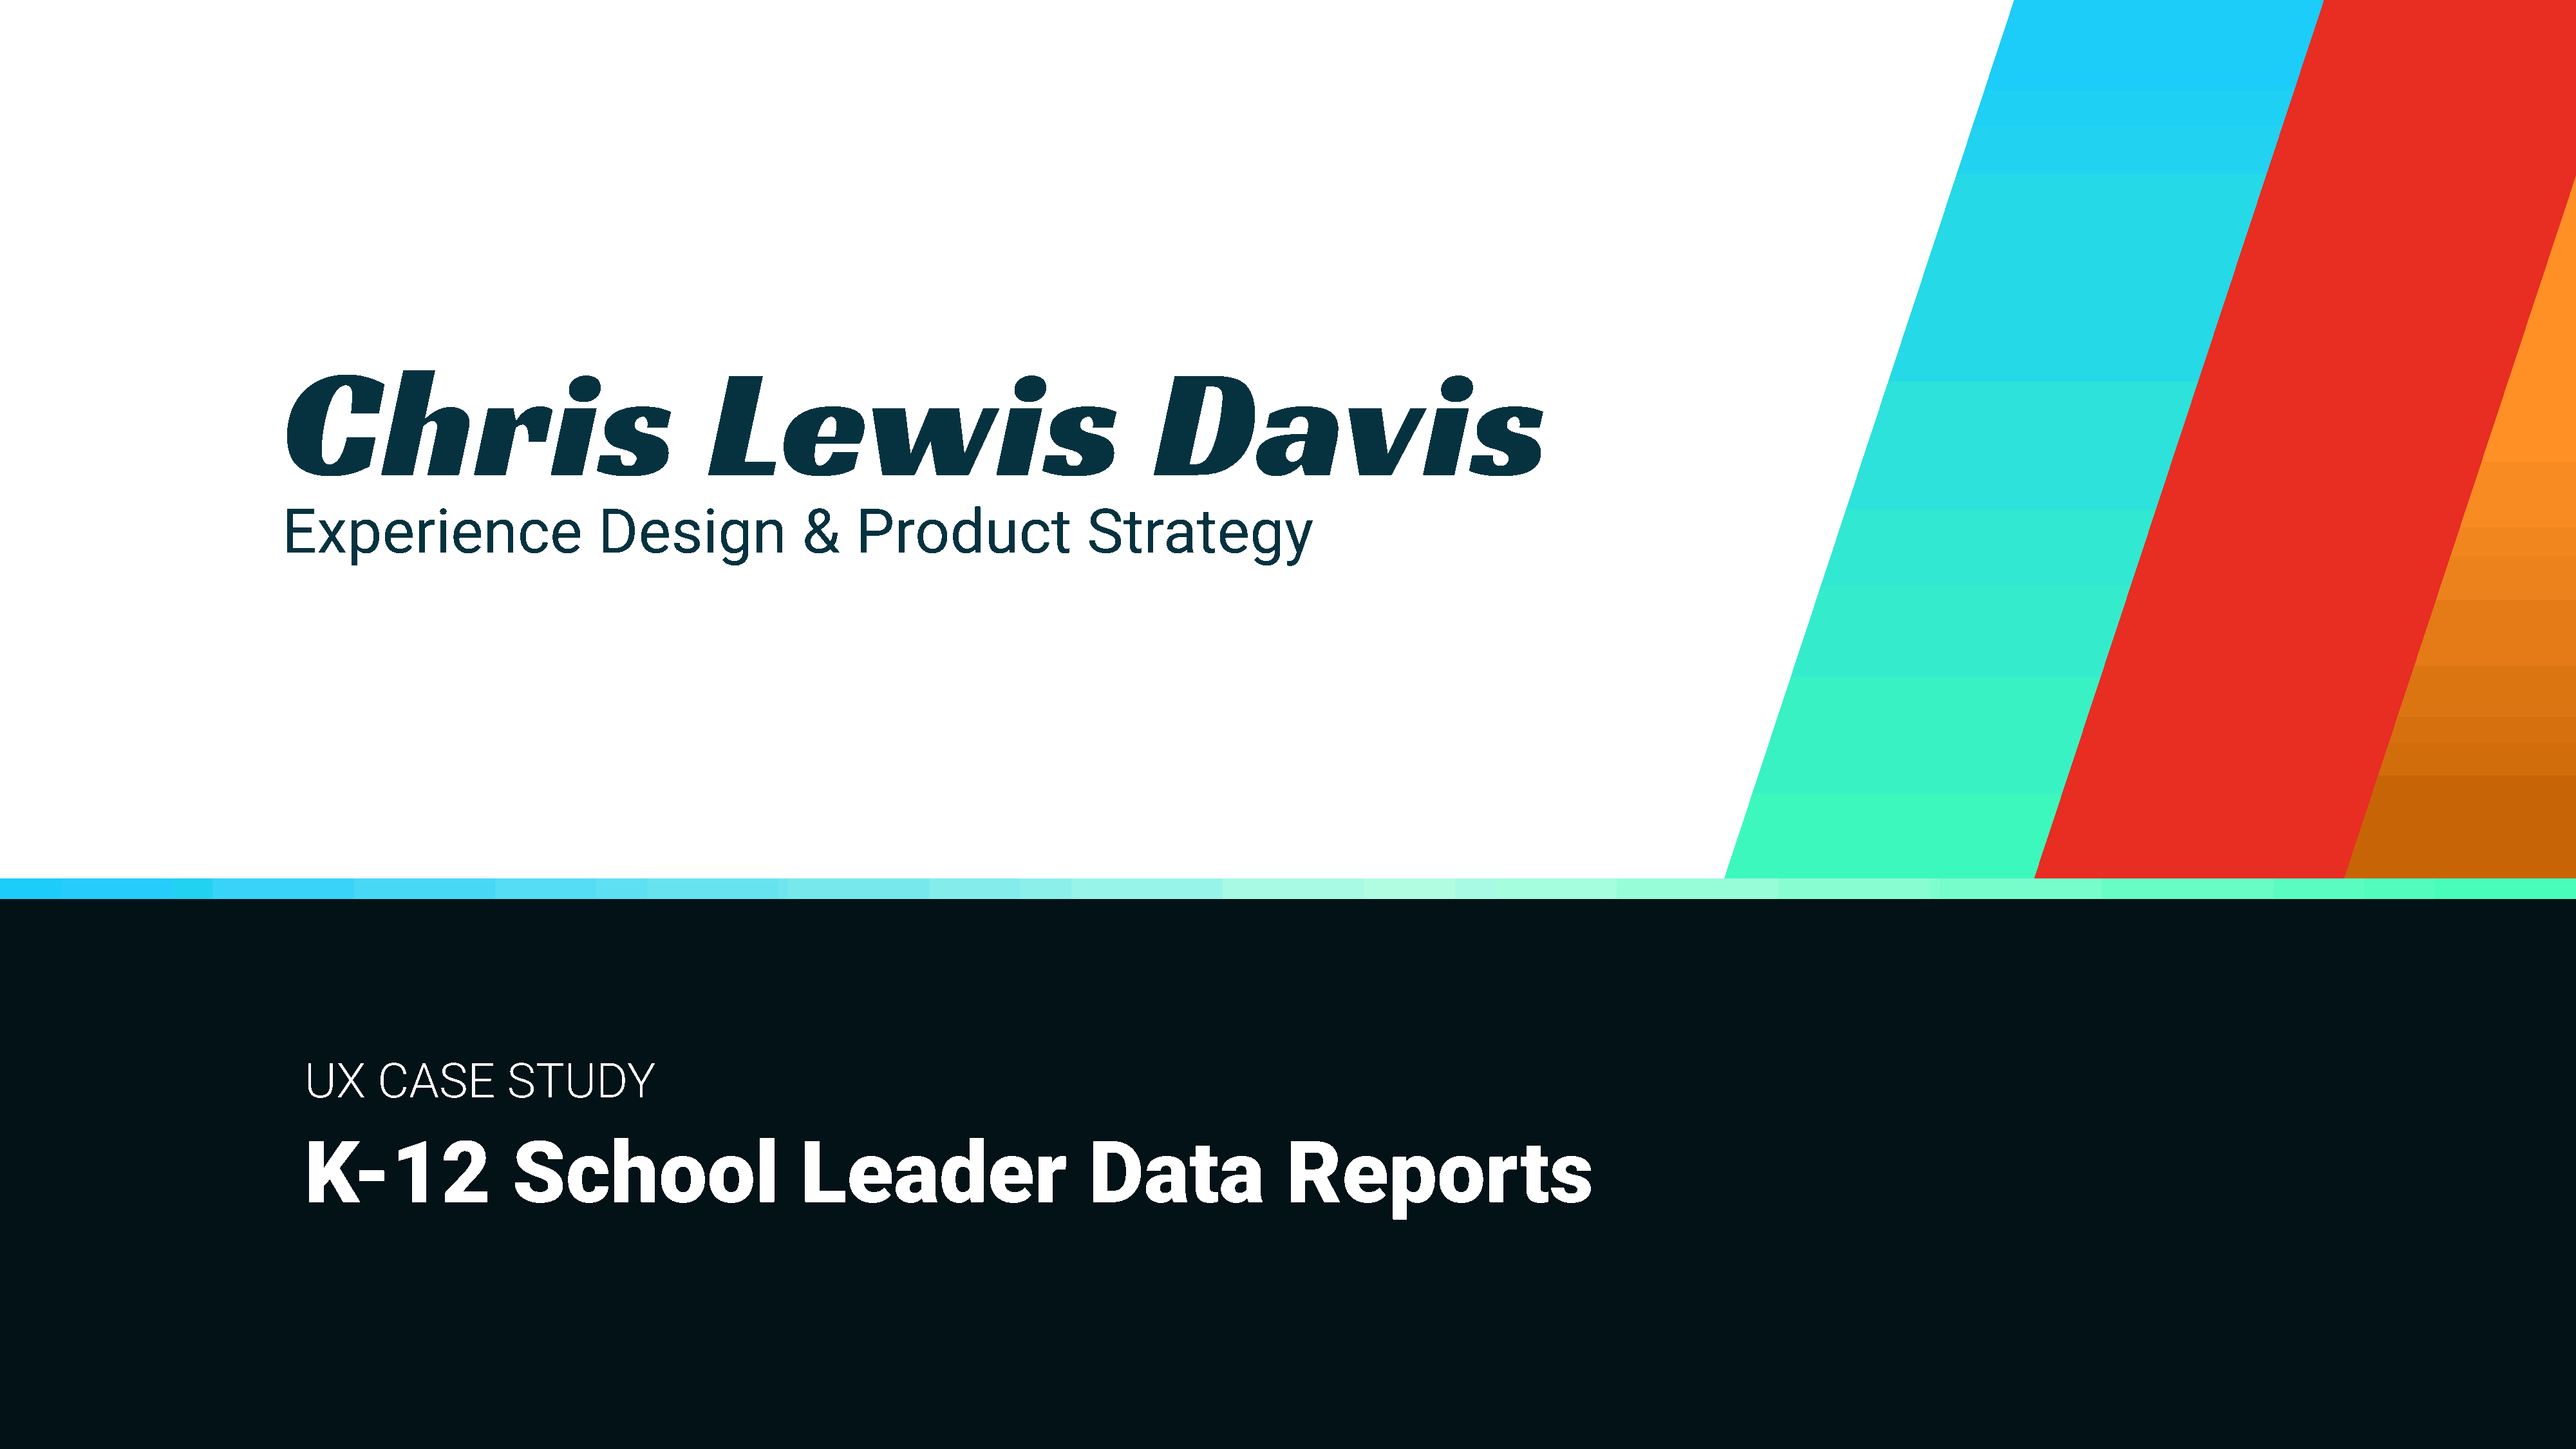
Chris                                       Lewis                                         Davis
 Experience                      Design               &     Product                 Strategy
 UX      CASE         STUDY
 K-12                  School                       Leader                        Data                Reports